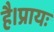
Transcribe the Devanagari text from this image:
है।प्रायः